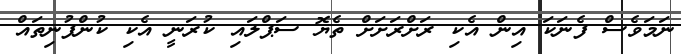
ނަމަވެސް ފެނަކަ އިން އެކި ރަށްރަށަށް ތެޔޮ ސަޕްލައި ކުރަނީ އެކި ކުންފުނިތައް